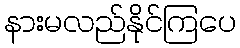
နားမလည်နိုင်ကြပေ